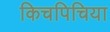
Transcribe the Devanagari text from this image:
किचपिचिया